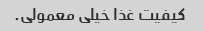
کیفیت غذا خیلی معمولی.